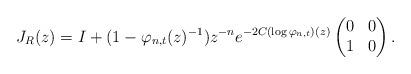
LaTeX: \begin{align*}J_R(z) = I + (1- \varphi_{n,t}(z)^{-1})z^{-n}e^{-2C(\log \varphi_{n,t})(z)} \begin{pmatrix}0 & 0\\1 & 0\end{pmatrix}.\end{align*}